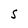
Character: S